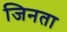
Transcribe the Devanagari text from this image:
जिनता